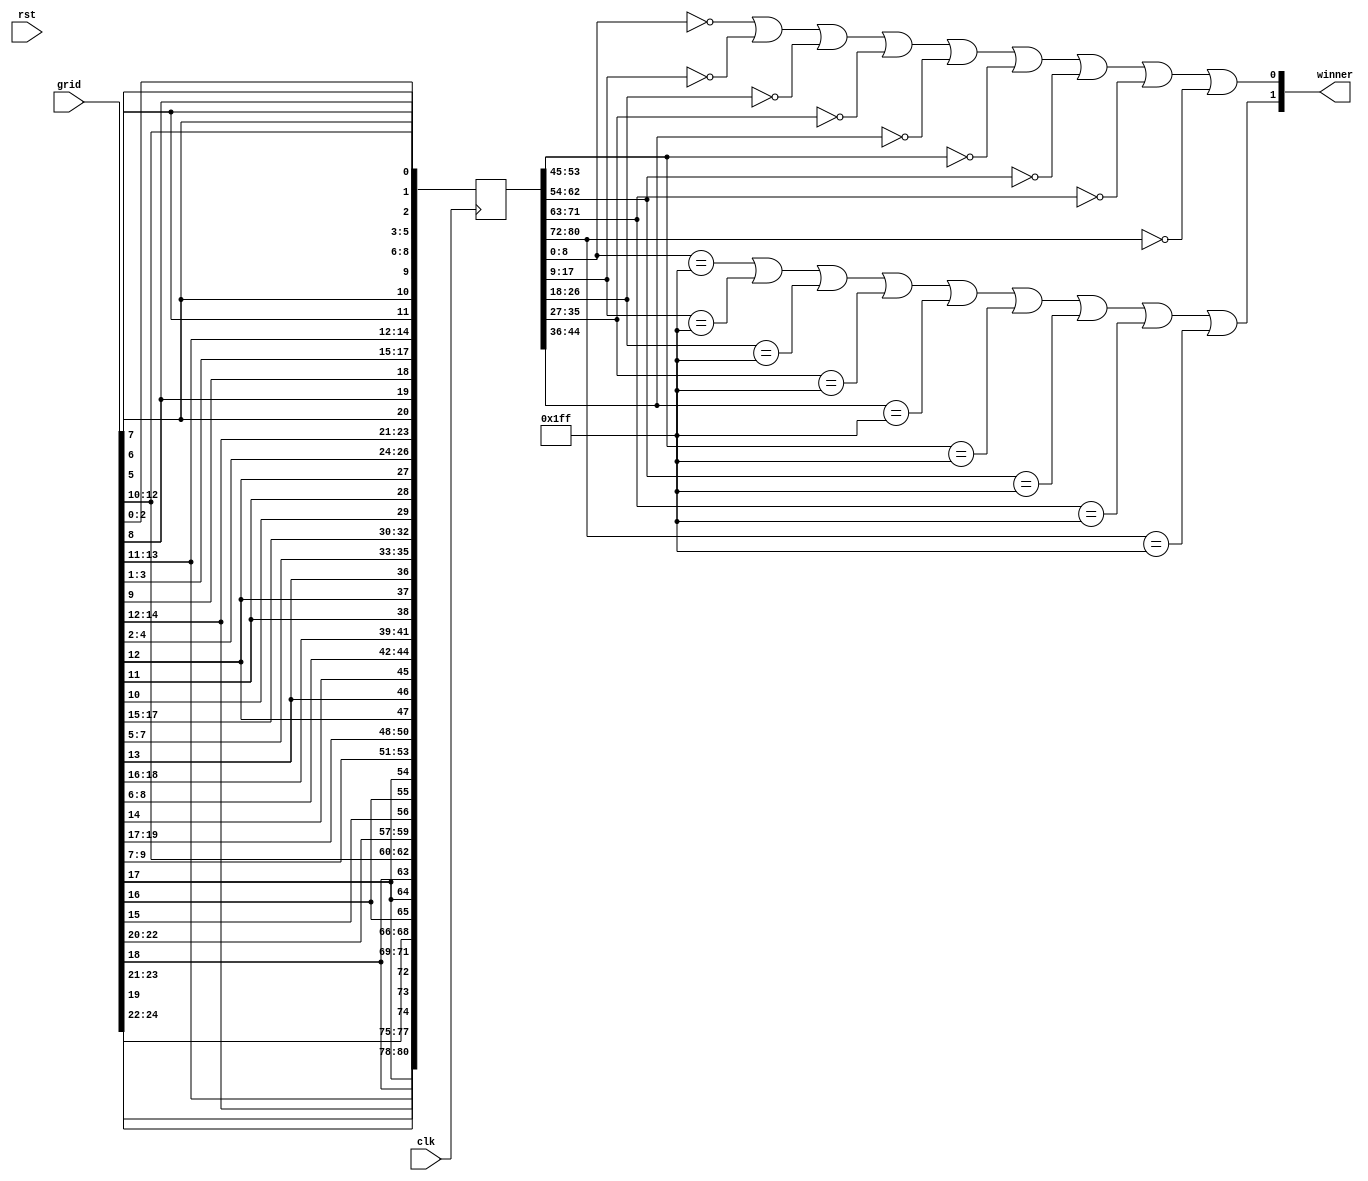
/*
   This file was generated automatically by the Mojo IDE version B1.3.6.
   Do not edit this file directly. Instead edit the original Lucid source.
   This is a temporary file and any changes made to it will be destroyed.
*/

module square_wincon_55 (
    input clk,
    input rst,
    input [24:0] grid,
    output reg [1:0] winner
  );
  
  
  
  reg [80:0] M_square_d, M_square_q = 1'h0;
  
  always @* begin
    M_square_d = M_square_q;
    
    winner = 1'h0;
    M_square_d[0+0+8-:9] = {grid[2+0-:1], grid[1+0-:1], grid[0+0-:1], grid[12+0-:1], grid[11+0-:1], grid[10+0-:1], grid[5+0-:1], grid[6+0-:1], grid[7+0-:1]};
    M_square_d[9+0+8-:9] = {grid[3+0-:1], grid[2+0-:1], grid[1+0-:1], grid[13+0-:1], grid[12+0-:1], grid[11+0-:1], grid[6+0-:1], grid[7+0-:1], grid[8+0-:1]};
    M_square_d[18+0+8-:9] = {grid[4+0-:1], grid[3+0-:1], grid[2+0-:1], grid[14+0-:1], grid[13+0-:1], grid[12+0-:1], grid[7+0-:1], grid[8+0-:1], grid[9+0-:1]};
    M_square_d[27+0+8-:9] = {grid[7+0-:1], grid[6+0-:1], grid[5+0-:1], grid[17+0-:1], grid[16+0-:1], grid[15+0-:1], grid[10+0-:1], grid[11+0-:1], grid[12+0-:1]};
    M_square_d[36+0+8-:9] = {grid[8+0-:1], grid[7+0-:1], grid[6+0-:1], grid[18+0-:1], grid[17+0-:1], grid[16+0-:1], grid[11+0-:1], grid[12+0-:1], grid[13+0-:1]};
    M_square_d[45+0+8-:9] = {grid[9+0-:1], grid[8+0-:1], grid[7+0-:1], grid[19+0-:1], grid[18+0-:1], grid[17+0-:1], grid[12+0-:1], grid[13+0-:1], grid[14+0-:1]};
    M_square_d[54+0+8-:9] = {grid[12+0-:1], grid[11+0-:1], grid[10+0-:1], grid[22+0-:1], grid[21+0-:1], grid[20+0-:1], grid[15+0-:1], grid[16+0-:1], grid[17+0-:1]};
    M_square_d[63+0+8-:9] = {grid[13+0-:1], grid[12+0-:1], grid[11+0-:1], grid[23+0-:1], grid[22+0-:1], grid[21+0-:1], grid[16+0-:1], grid[17+0-:1], grid[18+0-:1]};
    M_square_d[72+0+8-:9] = {grid[14+0-:1], grid[13+0-:1], grid[12+0-:1], grid[24+0-:1], grid[23+0-:1], grid[22+0-:1], grid[17+0-:1], grid[18+0-:1], grid[19+0-:1]};
    winner[1+0-:1] = (M_square_q[0+8-:9] == 9'h1ff | M_square_q[9+8-:9] == 9'h1ff | M_square_q[18+8-:9] == 9'h1ff | M_square_q[27+8-:9] == 9'h1ff | M_square_q[36+8-:9] == 9'h1ff | M_square_q[45+8-:9] == 9'h1ff | M_square_q[54+8-:9] == 9'h1ff | M_square_q[63+8-:9] == 9'h1ff | M_square_q[72+8-:9] == 9'h1ff);
    winner[0+0-:1] = (M_square_q[0+8-:9] == 9'h000 | M_square_q[9+8-:9] == 9'h000 | M_square_q[18+8-:9] == 9'h000 | M_square_q[27+8-:9] == 9'h000 | M_square_q[36+8-:9] == 9'h000 | M_square_q[45+8-:9] == 9'h000 | M_square_q[54+8-:9] == 9'h000 | M_square_q[63+8-:9] == 9'h000 | M_square_q[72+8-:9] == 9'h000);
  end
  
  always @(posedge clk) begin
    M_square_q <= M_square_d;
  end
  
endmodule